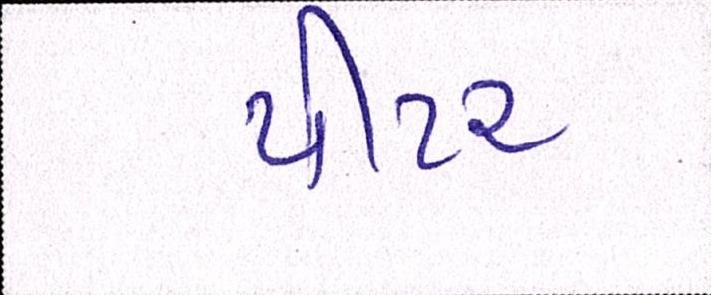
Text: પીટર